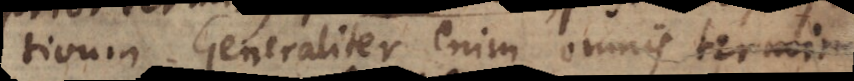
tivum. Generaliter enim omnis terminu